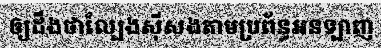
ឲ្យដឹងថាល្បែងស៊ីសងតាមប្រព័ន្ធអនឡាញ